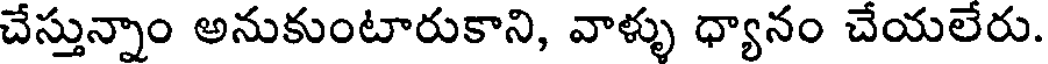
చేస్తున్నాం అనుకుంటారుకాని, వాళ్ళు ధ్యానం చేయలేరు.